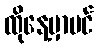
ထိုနေ့မှာပင်